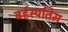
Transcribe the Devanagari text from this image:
बर्हस्पतिम